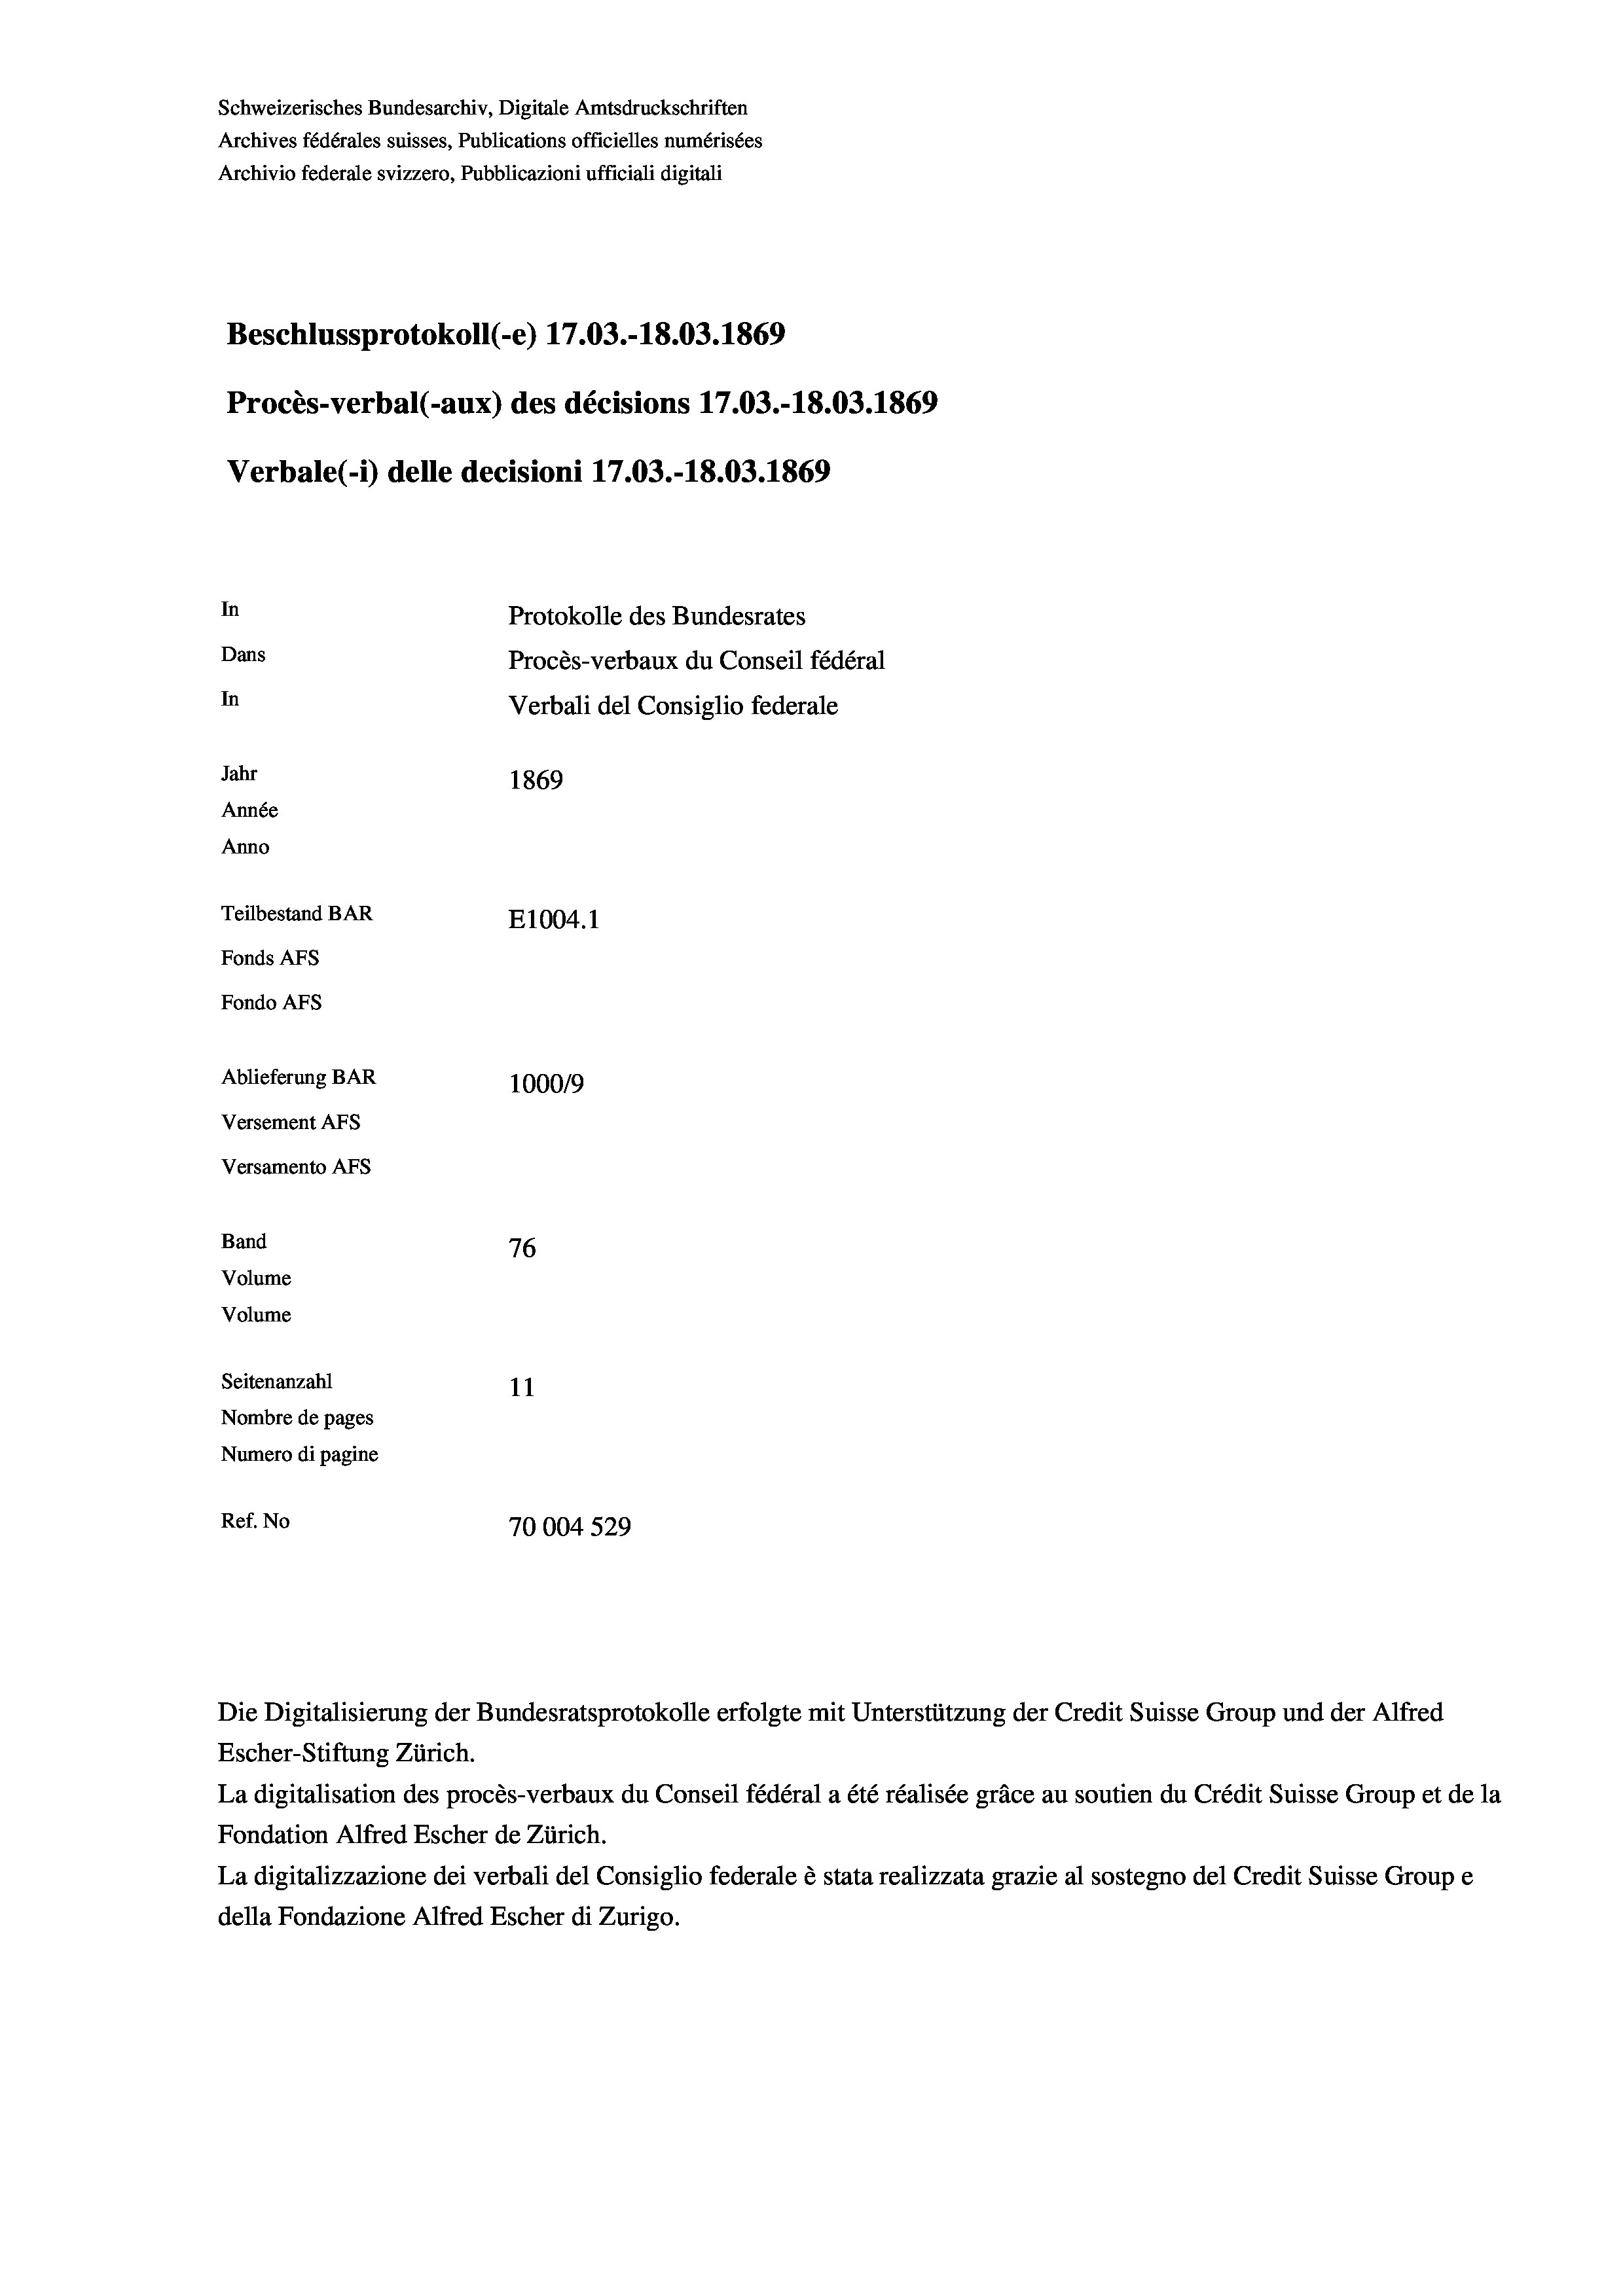
Schweizerisches Bundesarchiv, Digitale Amtsdruckschriften
Archives fédérales suisses, Publications officielles numérisées
Archivio federale svizzero, Pubblicazioni ufficiali digitali
Beschlussprotokoll (-e) 17.03.-18.03. 1869
Procès-verbal (-aux) des décisions 17.03.-18.03. 1869
Verbale (1) delle decisioni 17.03.-18.03. 1869
In
Protokolle des Bundesrates
Dans
Procès-verbaux du Conseil fédéral
In
Verbali del Consiglio federale
Jahr
1869
Année
Anno
Teilbestand BAR
E1004. 1
Fonds AFs
Fondo AFs
Ablieferung BAR
100019
Versement AFs

76
Seitenanzahl
11
Nombre de pages
Numero di pagine
Ref. No
70004 529

Versamento Afs
Band
Volume
Volume

Die Digitalisierung der Bundesratsprotokolle erfolgte mit Unterstützung der Credit Suisse Group und der Alfred
Escher-Stiftung Zürich.
La digitalisation des procès-verbaux du Conseil fédéral a été réalisée gräce au soutien du Crédit Suisse Group et de la
Fondation Alfred Escher de Zürich.
La digitalizzazione dei verbali del Consiglio federale è stata realizzata grazie al sostegno del Credit Suisse Groupe
della Fondazione Alfred Escher di Zurigo.